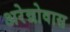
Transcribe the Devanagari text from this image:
अरेन्नोवास